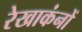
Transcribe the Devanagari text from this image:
रेखाकंनों